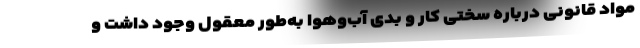
مواد قانونی درباره سختی کار و بدی آب‌وهوا به‌طور معقول وجود داشت و